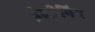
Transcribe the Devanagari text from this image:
इंजीनिय